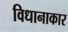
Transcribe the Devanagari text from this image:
विधानाकार